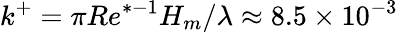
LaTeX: k^{+}=\pi Re^{*-1}H_{m}/\lambda\approx 8.5\times 10^{-3}